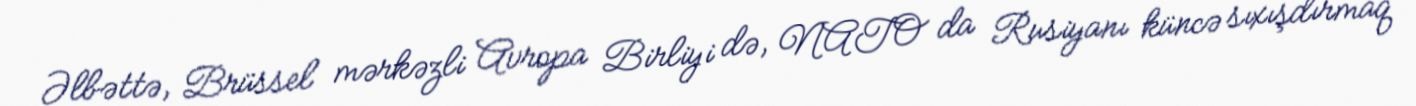
Əlbəttə, Brüssel mərkəzli Avropa Birliyi də, NATO da Rusiyanı küncə sıxışdırmaq